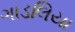
ગાડલિયા